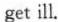
get ill.